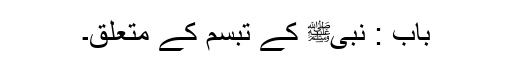
باب : نبیﷺ کے تبسم کے متعلق۔